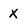
Character: X